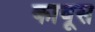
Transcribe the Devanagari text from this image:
कावूस